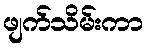
ဖျက်သိမ်းကာ